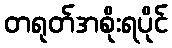
တရုတ်အစိုးရပိုင်